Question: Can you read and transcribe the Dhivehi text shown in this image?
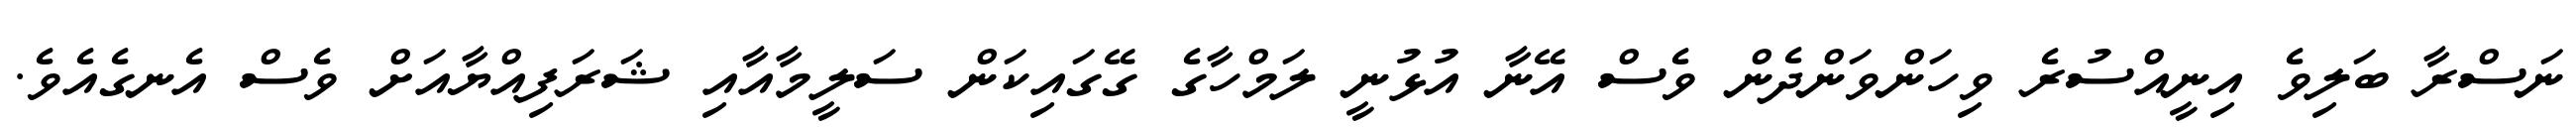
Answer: ނަސްރާ ބަލިވެ އިނީއްސުރެ ވިހަންވަންދެން ވެސް އޭނާ އުޅުނީ ލަމްހާގެ ގޭގައިކަން ސަލީމާއާއި ޝަރަފިއްޔާއަށް ވެސް އެނގެއެވެ.